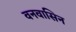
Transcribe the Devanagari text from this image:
वनवासिन